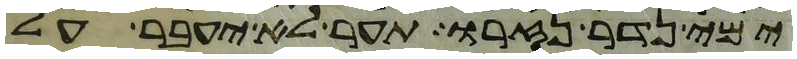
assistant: ימי נדר נזרו תער לא יעבר על